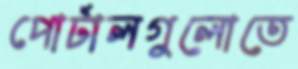
পোর্টালগুলোতে